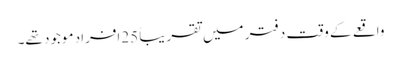
واقعے کے وقت دفتر میں تقریباً 25افراد موجود تھے۔